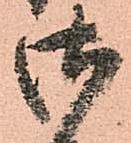
御